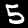
Label: 5